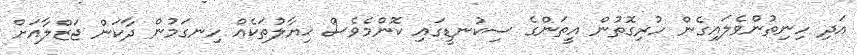
އަދި ހިނިތުންވެލައިގެން ހުރިގޮތުން އީތަންގެ ސިކުނޑީގައި ކޮންމެވެސް ޚިޔާލުތަކެއް ހިނގަމުން ދާކަން ޖަޒްލާއަށް